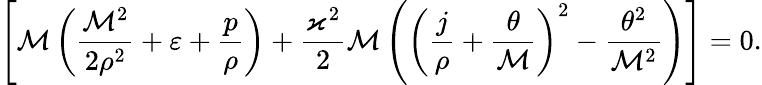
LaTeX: \left[\mathcal{M}\left(\frac{\mathcal{M}^{2}}{2\rho^{2}}+\varepsilon+\frac{p}{\rho}\right)+\frac{\varkappa^{2}}{2}\mathcal{M}\left(\left(\frac{j}{\rho}+\frac{\theta}{\mathcal{M}}\right)^{2}-\frac{\theta^{2}}{\mathcal{M}^{2}}\right)\right]=0.